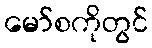
မော်စကိုတွင်